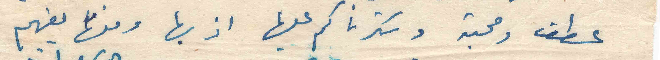
عطف ومحبة وشكرناكم عليها اذ بها ومنها يفهم